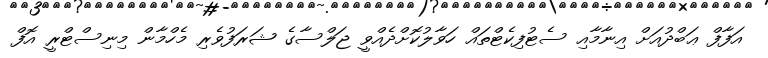
އަފާފް ޢަބްދުއަށް އިނާމާއި ސެޓުފިކެޓްތައް ހަވާލުކޮށްދެއްވީ ޖަލްސާގެ ޝަރަފުވެރި މެހްމާން މިނިސްޓްރީ އޮފް